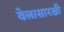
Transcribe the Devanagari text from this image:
वेलासारखी